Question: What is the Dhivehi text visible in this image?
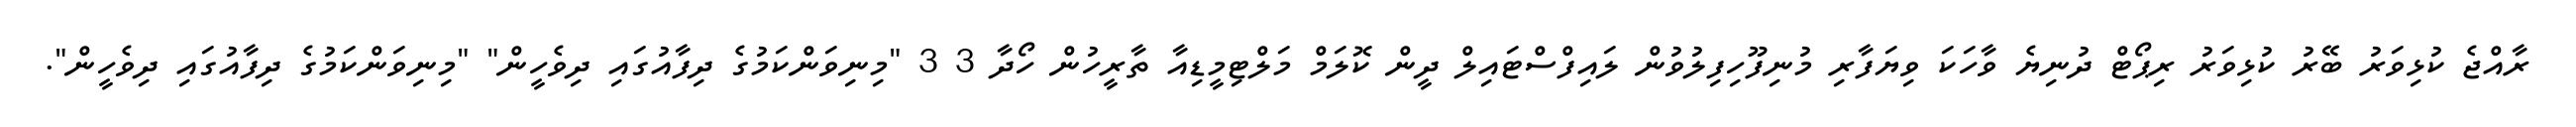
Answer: ރާއްޖެ ކުޅިވަރު ބޭރު ކުޅިވަރު ރިޕޯޓް ދުނިޔެ ވާހަކަ ވިޔަފާރި މުނިފޫހިފިލުވުން ލައިފްސްޓައިލް ދީން ކޮލަމް މަލްޓިމީޑިއާ ތާރީހުން ހޯދާ 3 3 "މިނިވަންކަމުގެ ދިފާއުގައި ދިވެހީން" "މިނިވަންކަމުގެ ދިފާއުގައި ދިވެހީން".